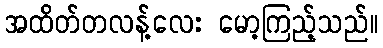
အထိတ်တလန့်လေး မော့ကြည့်သည်။